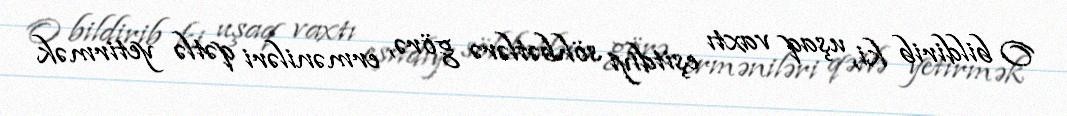
O bildirib ki, uşaq vaxtı eşitdiyi söhbətlərə görə, erməniləri qətlə yetirmək